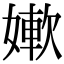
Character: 㜛